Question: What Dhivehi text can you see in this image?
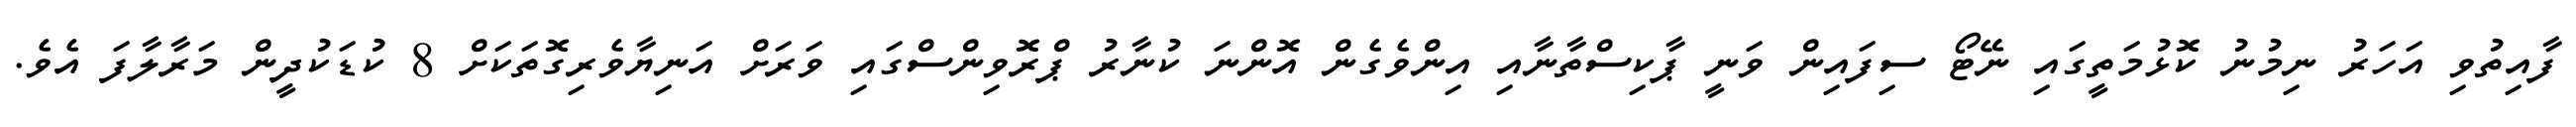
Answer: ފާއިތުވި އަހަރު ނިމުނު ކޮޅުމަތީގައި ނޭޓޯ ސިފައިން ވަނީ ޕާކިސްތާނާއި އިންވެގެން އޮންނަ ކުނާރު ޕްރޮވިންސްގައި ވަރަށް އަނިޔާވެރިގޮތަކަށް 8 ކުޑަކުދީން މަރާލާފަ އެވެ.